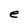
Character: e